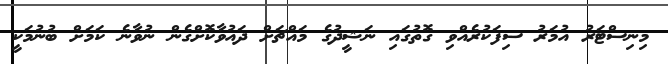
މިނިސްޓަރު އުމަރު ސިފަކުރެއްވި ގޮތުގައި ނަޝީދުގެ މައްޗަށް ދައުވާކޮށްގެން ނުވާނެ ކަމަށް ބުނުމަކީ